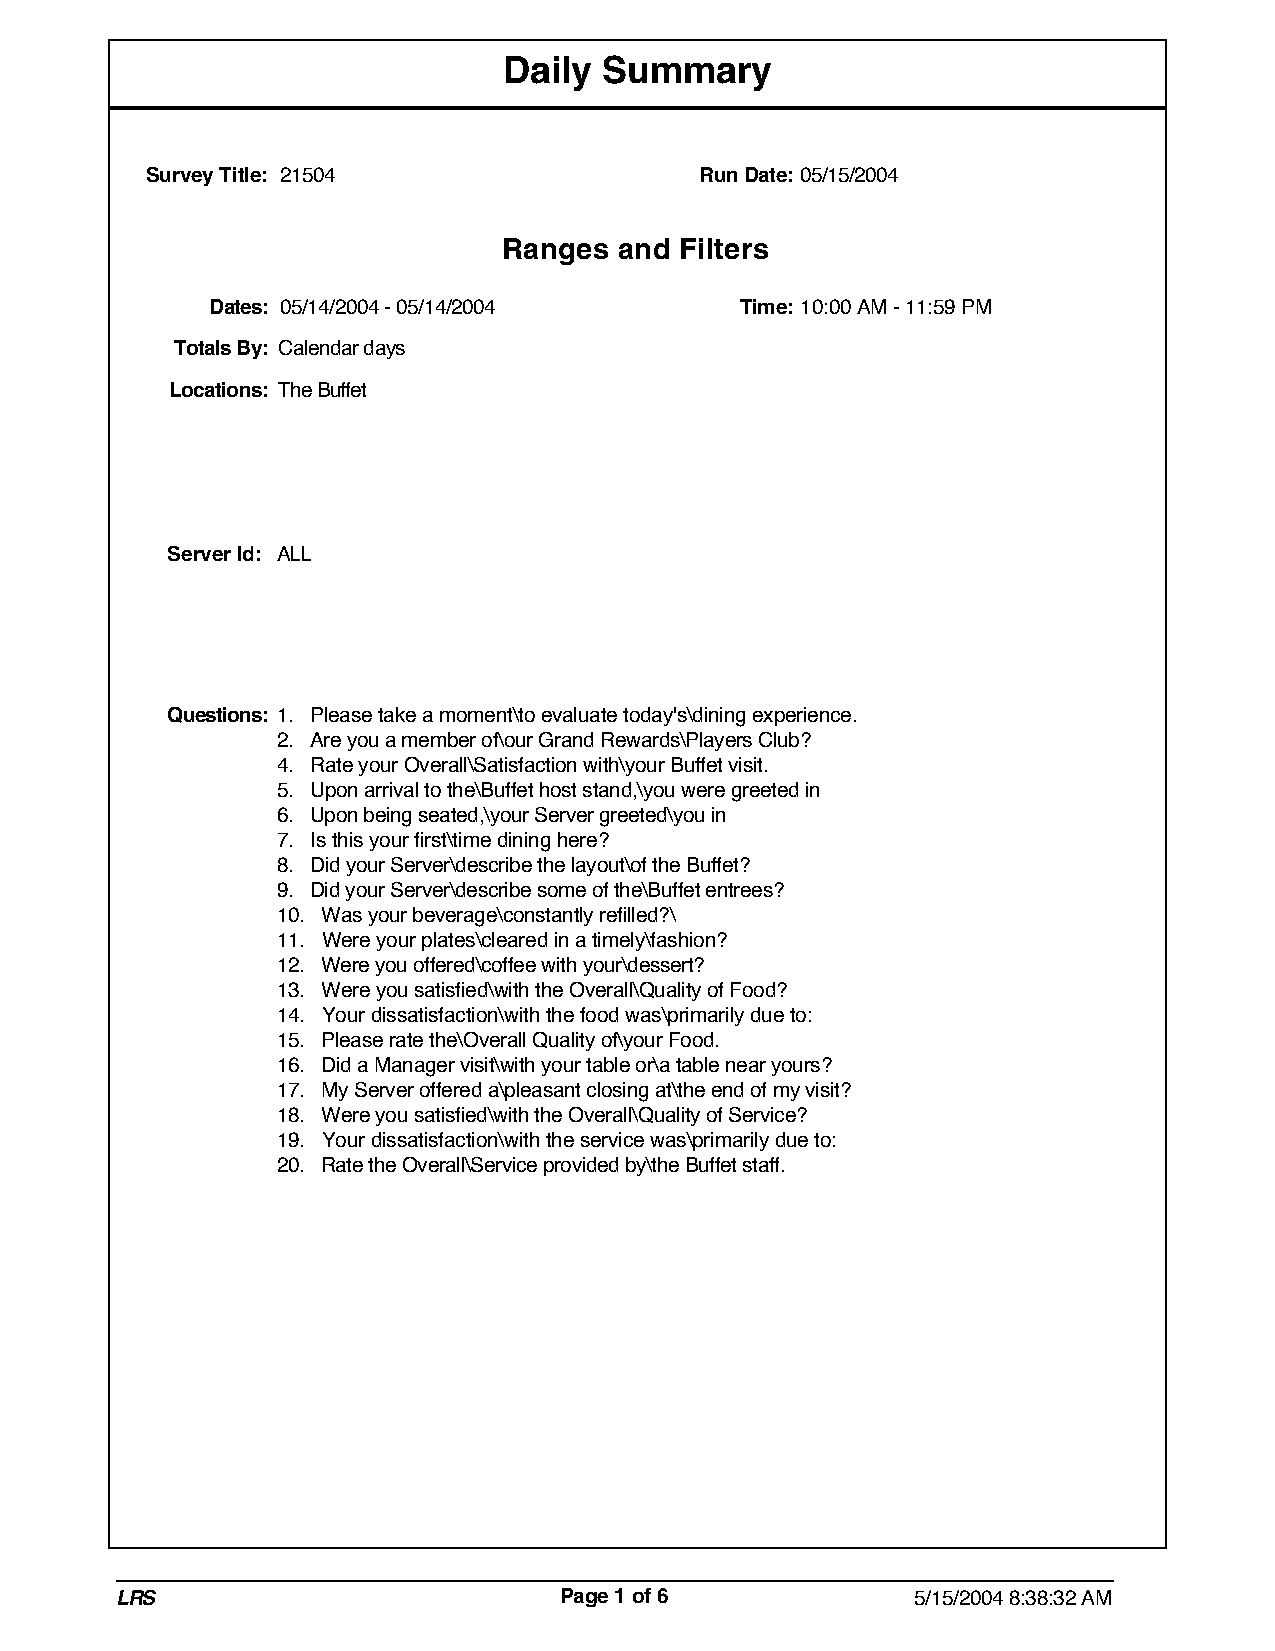
Daily  Summary
 Survey Title: 21504                 Run Date: 05/15/2004
 Ranges  and Filters
 Dates: 05/14/2004 - 05/14/2004     Time: 10:00 AM - 11:59 PM
 Totals By: Calendar days
 Locations: The Buffet
 Server Id: ALL
 Questions: 1. Please take a moment\to evaluate today's\dining experience.
 2. Are you a member of\our Grand Rewards\Players Club?
 4. Rate your Overall\Satisfaction with\your Buffet visit.
 5. Upon arrival to the\Buffet host stand,\you were greeted in
 6. Upon being seated,\your Server greeted\you in
 7. Is this your first\time dining here?
 8. Did your Server\describe the layout\of the Buffet?
 9. Did your Server\describe some of the\Buffet entrees?
 10. Was your beverage\constantly refilled?\
 11. Were your plates\cleared in a timely\fashion?
 12. Were you offered\coffee with your\dessert?
 13. Were you satisfied\with the Overall\Quality of Food?
 14. Your dissatisfaction\with the food was\primarily due to:
 15. Please rate the\Overall Quality of\your Food.
 16. Did a Manager visit\with your table or\a table near yours?
 17. My Server offered a\pleasant closing at\the end of my visit?
 18. Were you satisfied\with the Overall\Quality of Service?
 19. Your dissatisfaction\with the service was\primarily due to:
 20. Rate the Overall\Service provided by\the Buffet staff.
 LRS                          Page 1 of 6             5/15/2004 8:38:32 AM